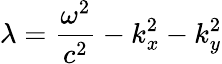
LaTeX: \lambda=\frac{\omega^{2}}{c^{2}}-k_{x}^{2}-k_{y}^{2}